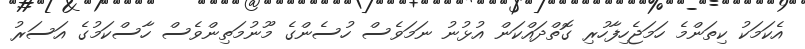
އެކަމަކު ކިތަންމެ ހަމަޖެހިފާހުރި ގޮތްދައްކަން އުޅުނު ނަމަވެސް ހުސެންގެ މޫނުމަތިންވެސް ހާސްކަމުގެ އަސަރު